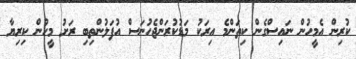
ކުރިން އެމީހުން ނައިސްގެން ކިތަންމެ އިރަކު މަޑުކުރަންޖެހުނަސް އުފަލުންތިބި ރަށު މީހުން ކިރިޔާ